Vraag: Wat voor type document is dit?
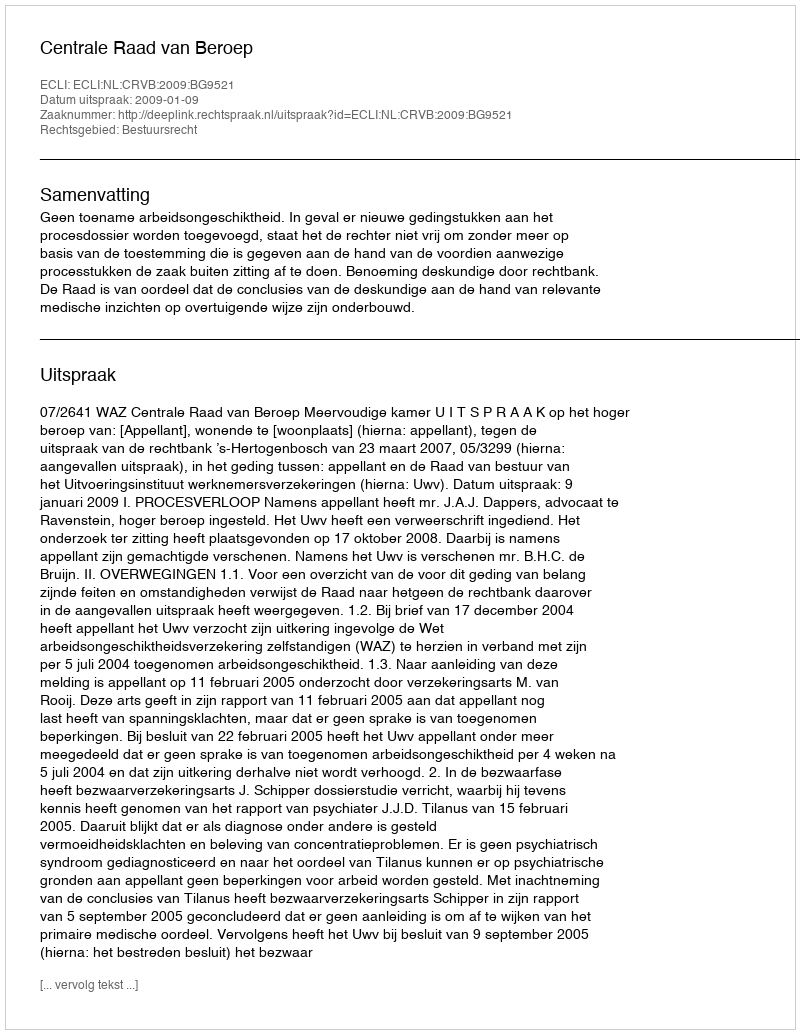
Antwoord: Uitspraak